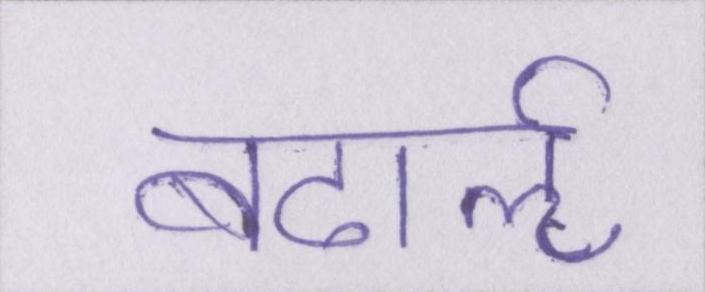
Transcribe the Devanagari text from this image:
बढार्ऌ